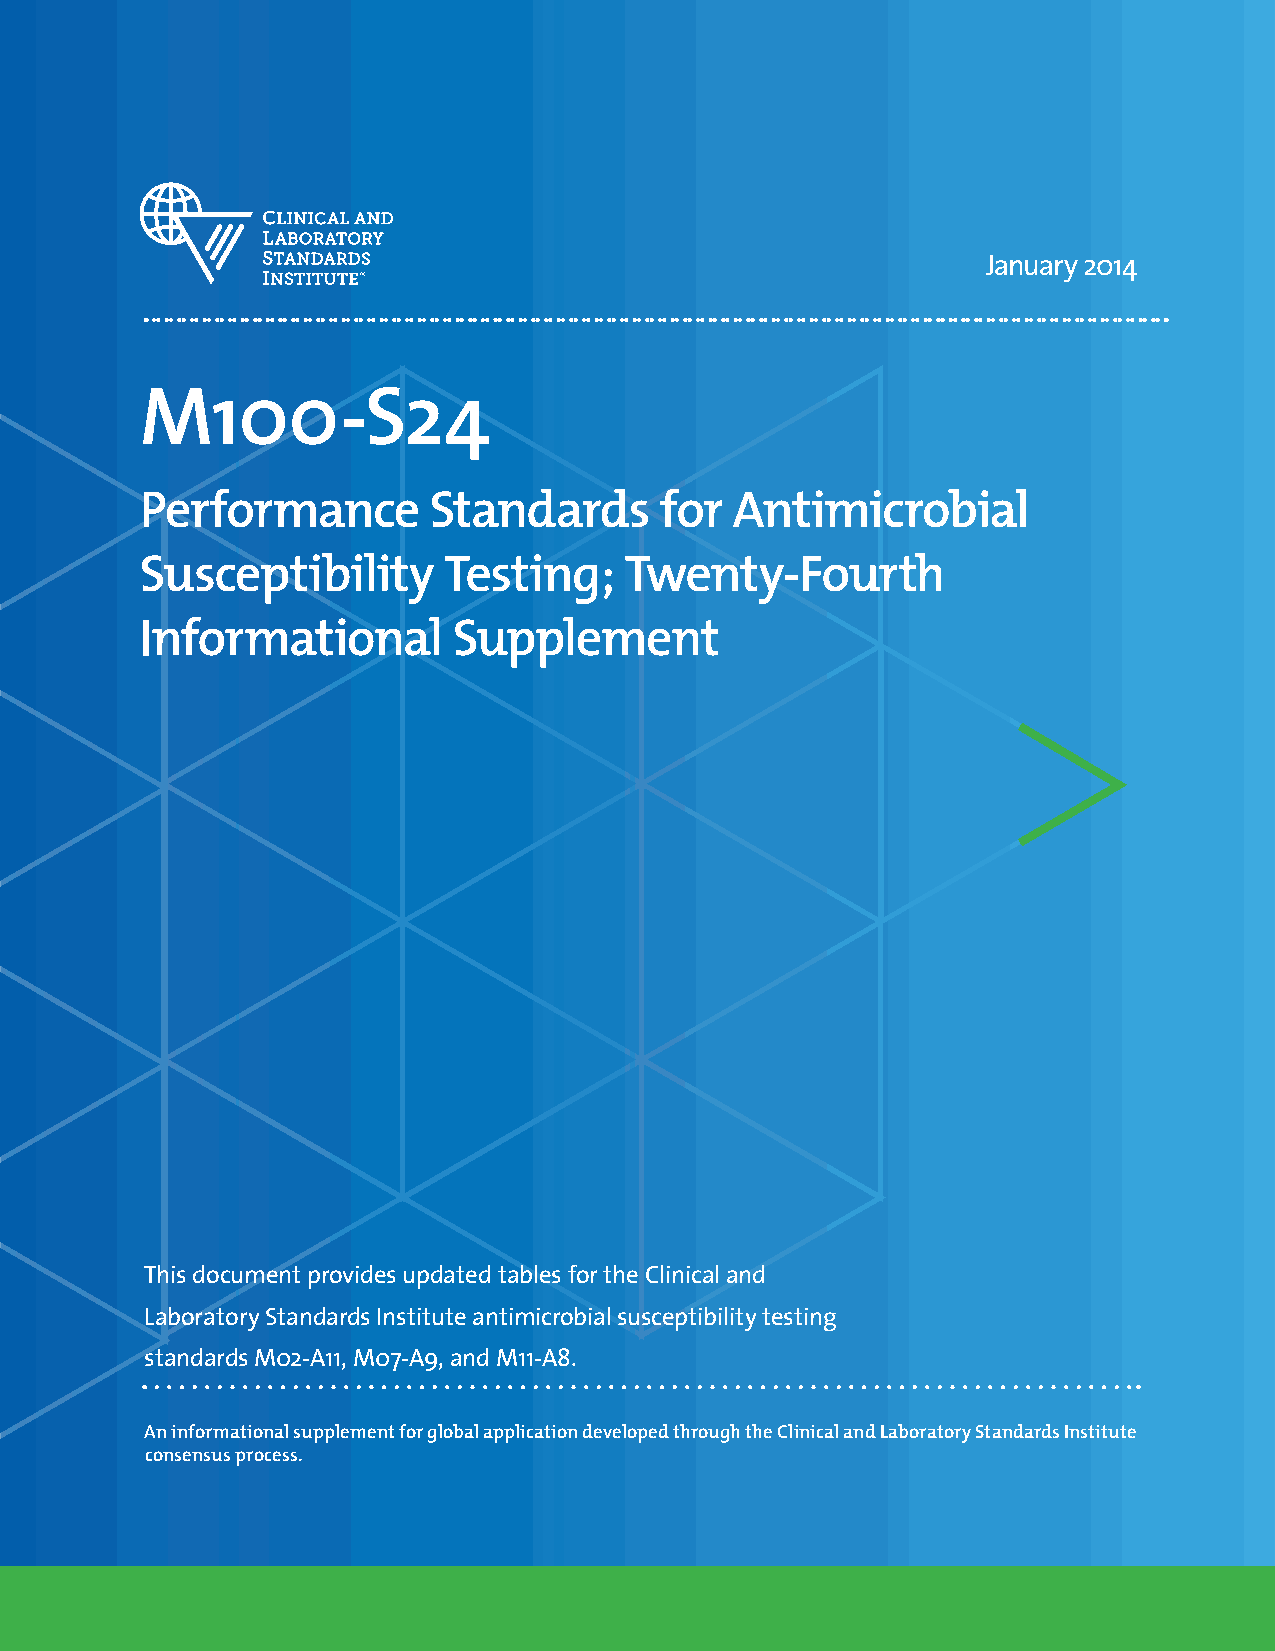
January 2014
 M100-S24
 Performance        Standards       for Antimicrobial
 Susceptibility      Testing;    Twenty-Fourth
 Informational        Supplement
 This document provides updated tables for the Clinical and
 Laboratory Standards Institute antimicrobial susceptibility testing
 standards M02-A11, M07-A9, and M11-A8.
 An informational supplement for global application developed through the Clinical and Laboratory Standards Institute
 consensus process.